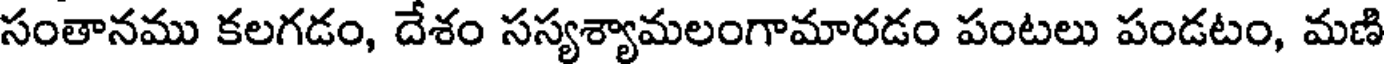
సంతానము కలగడం, దేశం సస్యశ్యామలంగామారడం పంటలు పండటం, మణి